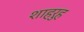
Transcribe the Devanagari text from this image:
शाहरुह